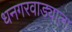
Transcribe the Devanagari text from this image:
धनगरवाड्याला